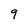
Character: 9